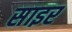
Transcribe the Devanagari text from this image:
साइर